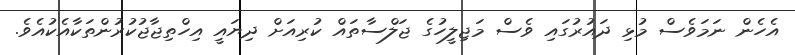
އެހެން ނަމަވެސް މުޅި ދައުރުގައި ވެސް މަޖިލީހުގެ ޖަލްސާތައް ކުރިއަށް ދިޔައީ އިހްތިޖާޖުކުރުންތަކާއެކުއެވެ.